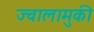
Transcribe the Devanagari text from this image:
ज्वालामुकी